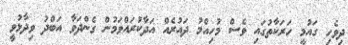
ދިވެހި ގައުމީ ހަރަކާތުގައި ވެސް މުހިއްމު ދައުރެއް އަދާކުރައްވަމުން ގެންދަވާ އަބްދު ވިދާޅުވީ